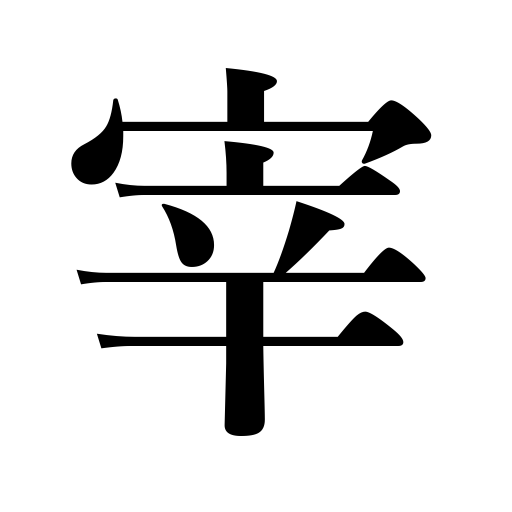
Meanings: rule,manager